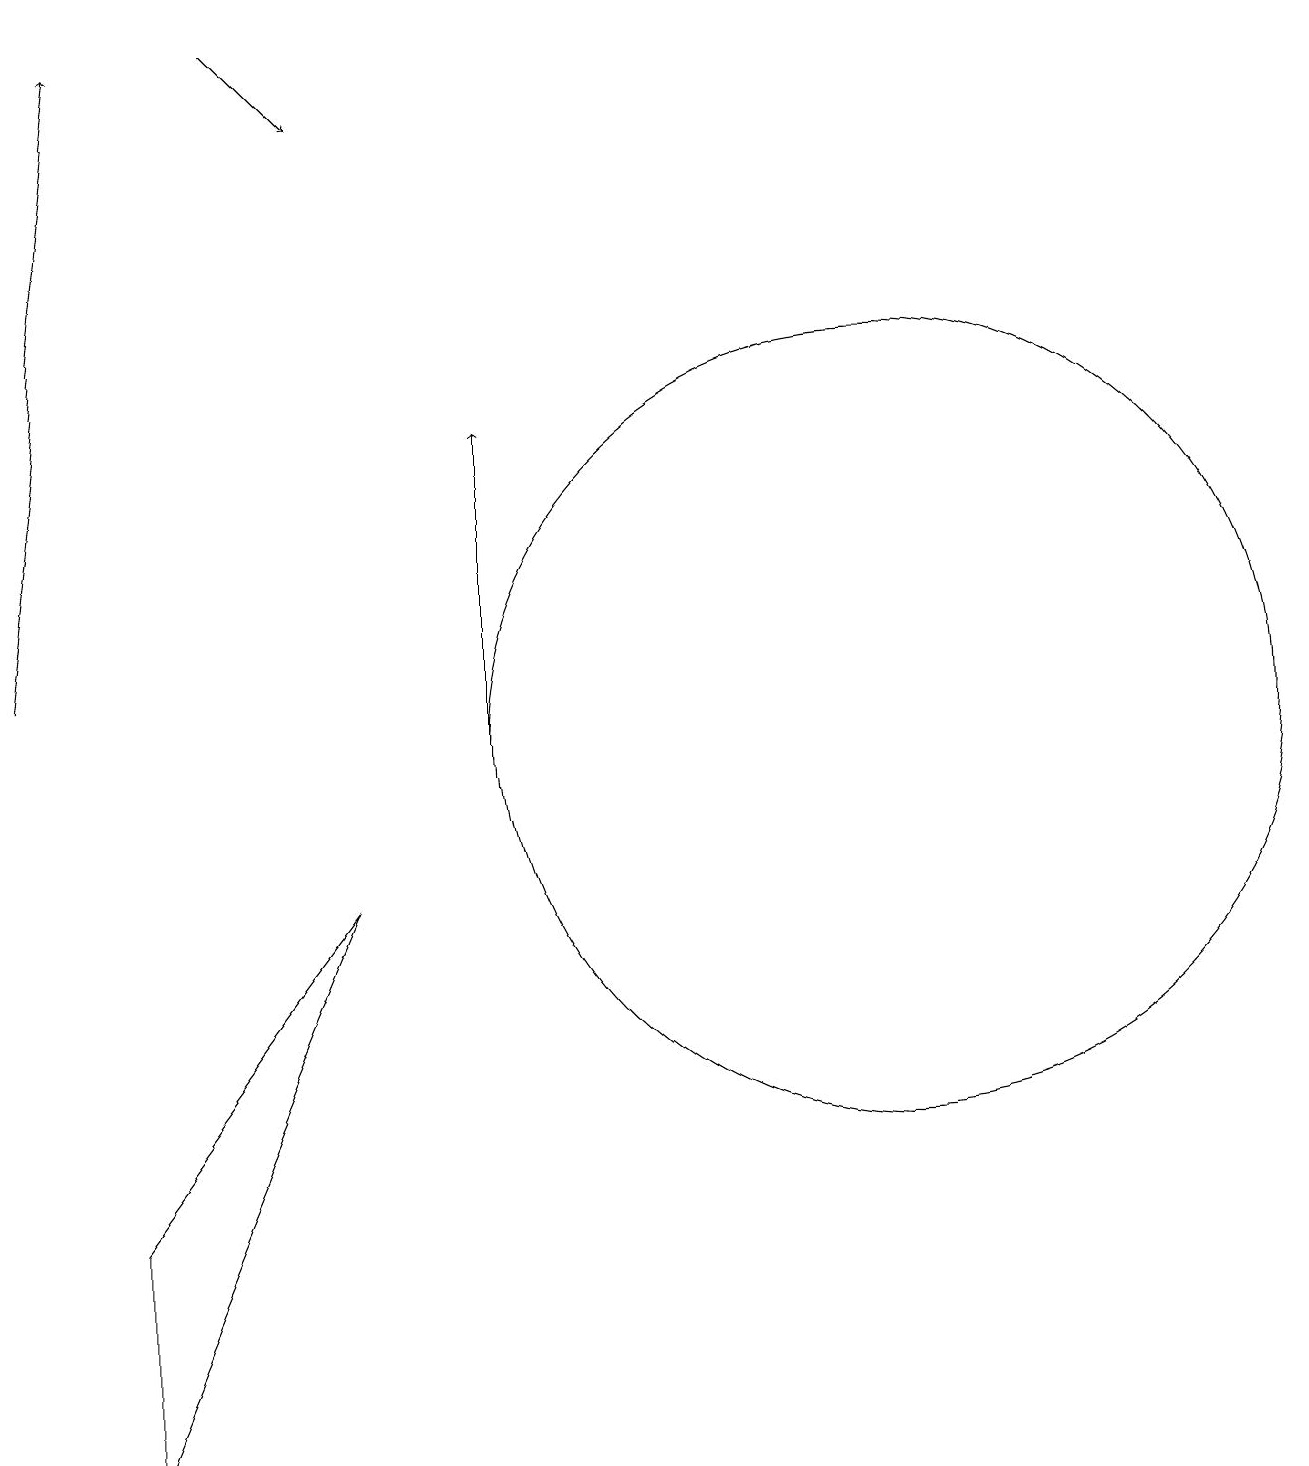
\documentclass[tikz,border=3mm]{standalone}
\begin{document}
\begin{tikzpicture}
\draw[->] (4,19) -- (5,18);
\draw[->] (7,10) -- (7,14);
\draw[->] (1,11) -- (2,19);
\draw (5,8) -- (2,1) -- (2,4) -- cycle;
\draw (12,10) circle (5);
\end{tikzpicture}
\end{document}